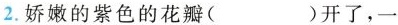
2.娇嫩的紫色的花瓣( )开了，一